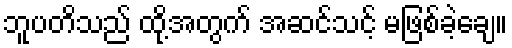
ဘူပတိသည် ထို့အတွက် အဆင်သင့် မဖြစ်ခဲ့ချေ။